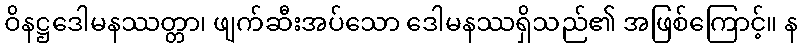
ဝိနဋ္ဌဒေါမနဿတ္တာ၊ ဖျက်ဆီးအပ်သော ဒေါမနဿရှိသည်၏ အဖြစ်ကြောင့်။ န